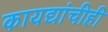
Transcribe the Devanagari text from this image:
कायद्यांचीही